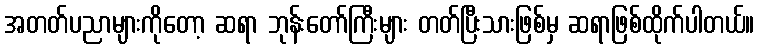
အတတ်ပညာများကိုတော့ ဆရာ ဘုန်းတော်ကြီးများ တတ်ပြီးသားဖြစ်မှ ဆရာဖြစ်ထိုက်ပါတယ်။